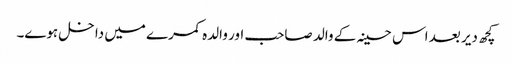
کچھ دیر بعد اس حسینہ کے والد صاحب اور والدہ کمرے میں داخل ہوے۔